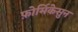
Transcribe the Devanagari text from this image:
फ़ोर्मिकेसुन